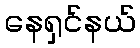
နေရှင်နယ်